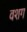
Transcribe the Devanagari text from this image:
वशग